Indian Civil Veterinary Department memoirs
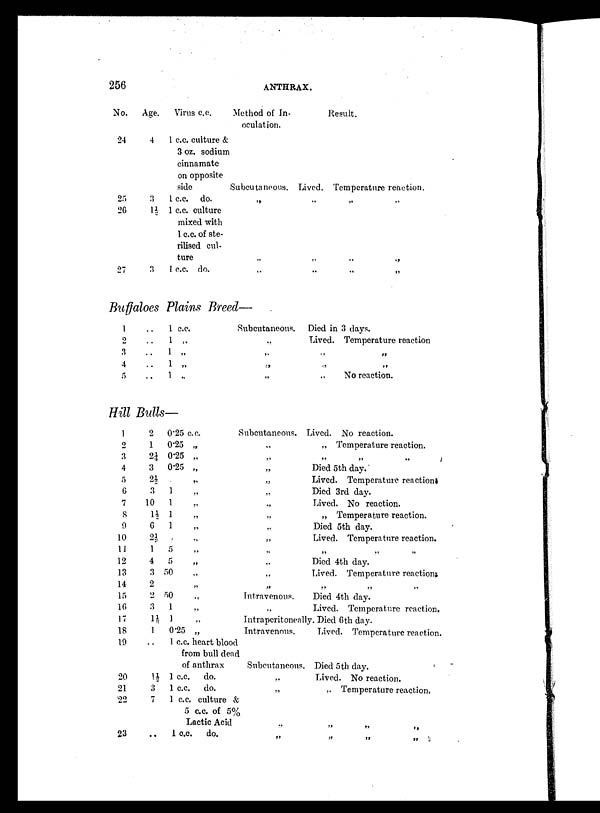
256
ANTHRAX.
No.
24
25
26
27
Age.
4
3
1½
3
Virus c.c.
1 c.c. culture &
3 oz. sodium
cinnamate
on opposite
aide
1 c.c. do.
1 c.c. culture
mixed with
1 c.c. of ste-
rilised cul-
ture
1 c.c. do.
Method of In-
oculation.
Subcutaneous.
„
„
„
Lived.
„
„
„
Result.
Temperature reaction.
„ „
„ „
„ „
Buffaloes Plains Breed—
1 ..
2 ..
3 ..
4 ..
5 ..
1 c.c.
1 „
1 „
1 „
1 „
Subcutaneous.
„
„
„
„
Died in 3 days.
Lived. Temperature reaction
„ „
„ „
„ No reaction.
Hill Bulls—
1
2
3
4
5
6
7
8
9
10
11
12
13
14
15
16
17
18
19
20
21
22
23
2
1
2¼
3
2½
3
10
1½
6
2½
1
4
3
2
2
3
1½ 1
..
1½
3
7
. .
0.25 c.c.
0.25 „
0.25 „
0.25 „
„
1
1
1
1
„
5
5
50
„
50
1
1
0.25 „
1 c.c. heart blood
from bull dead
of anthrax
1 c.c.
do.
1 c.c.
do.
1 c.c. culture &
5 c.c of 5%
Lactic Acid
1 c.c. do.
Subcutaneous.
„
„
„
„
„
„
„
„
„
„
„
„
Intravenous.
Intraperitoneally.
Intravenous.
Subcutaneous.
„
„
„
„
Lived. No reaction.
„ Temperature reaction.
„ „ „
Died 5th day.
Lived. Temperature reaction.
Died 3rd day.
Lived. No reaction.
„ Temperature reaction.
Died 5th day.
Lived. Temperature reaction.
„
„
„
Died 4th day.
Lived. Temperature reaction.
„
„
„
Died 4th day.
Lived. Temperature reaction.
Died 6th day.
Lived. Temperature reaction.
Died 5th day.
Lived. No reaction.
„ Temperature reaction.
„ „ „
„ „ „